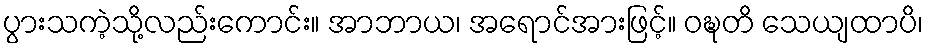
ပွားသကဲ့သို့လည်းကောင်း။ အာဘာယ၊ အရောင်အားဖြင့်။ ဝဍ္ဎတိ သေယျထာပိ၊